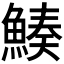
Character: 𩹀